Rangoon Lunatic Asylum 1898-1906 - 1898-1906
Year: 1898
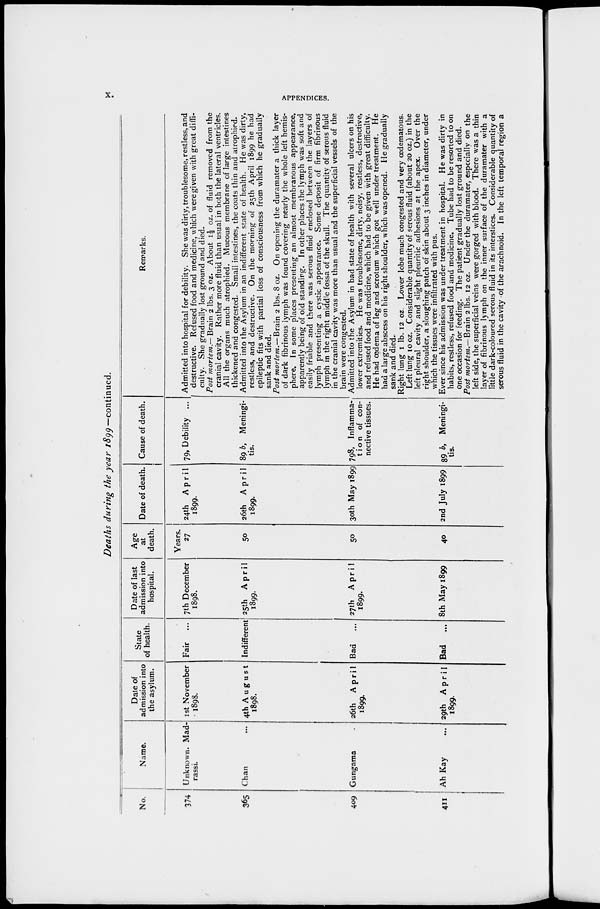
x.
APPENDICES.
Deaths during the year 1899—continued.
No.
374
365
409
411
Name.
Unknown. Mad-
rassi.
Chan ...
Gungama
Ah Kay ...
Date of
admission into
the asylum.
1st November
1898.
4th August
1898.
26th April
1899.
29th April
1899.
State
of health.
Fair ...
Indifferent
Bad
...
Bad
...
Date of last
admission into
hospital.
7th December
1898.
25th April
1899.
27th April
1899.
8th May 1899
Age
at
death.
Years.
27
50
50
40
Date of death.
24th April
1899.
26th April
1899.
30th May 1899
2nd July 1899
Cause of death.
79, Debility ...
89 b, Meningi-
tis.
798, Inflamma-
tion of con-
nective tissues.
89 b, Meningi-
tis.
Remarks.
Admitted into hospital for debility. She was dirty, troublesome, restless, and
destructive. Refused food and medicine, which were given with great diffi-
culty. She gradually lost ground and died.
Post mortem.— Brain 2 lbs. 3 oz. About 1½ oz. of fluid removed from the
cranial cavity. Rather more fluid than usual in both the lateral ventricles.
All the organs much atrophied. Mucous membrane of large intestines
thickened and congested. Small intestines, the coats thin and atrophied.
Admitted into the Asylum in an indifferent state of health. He was dirty,
restless, and destructive. On the morning of 25th April 1899 he had
epileptic fits with partial loss of consciousness from which he gradually
sank and died.
Post mortem.—Brain 2 lbs. 8 oz. On opening the duramater a thick layer
of dark fibrinous lymph was found covering nearly the whole left hemis-
phere. In some places presenting an almost membranous appearance,
apparently being of old standing. In other places the lymph was soft and
easily friable and there was serous fluid enclosed between the layers of
lymph presenting a cystic appearance. Some deposit of firm fibrinous
lymph in the right middle fossa of the skull. The quantity of serous fluid
in the cranial cavity was more than usual and the superficial vessels of the
brain were congested.
Admitted into the Asylum in bad state of health with several ulcers on his
lower extremities. He was troublesome, dirty, noisy, restless, destructive,
and refused food and medicine, which had to be given with great difficulty.
He had œdema of leg and scrotum which got well under treatment. He
had a large abscess on his right shoulder, which was opened. He gradually
sank and died.
Right lung 1 lb. 12 oz Lower lobe much congested and very œdematous.
Left lung 10 oz. Considerable quantity of serous fluid (about 20 oz.) in the
left pleural cavity and slight pleuritic adhesions at the apex. Over the
right shoulder, a sloughing patch of skin about 3 inches in diameter, under
which the tissues were infiltrated with pus.
Ever since his admission was under treatment in hospital. He was dirty in
habits, restless, refused food and medicine. Tube had to be resorted to on
one occasion for feeding. The patient gradually lost ground and died.
Post mortem.— Brain 2 lbs. 12 oz. Under the duramater, especially on the
left side, the superficial veins were gorged with blood. There was a thin
layer of fibrinous lymph on the inner surface of the duramater with a
little dark-coloured serous fluid in its interstices. Considerable quantity of
serous fluid in the cavity of the arachnoid. In the left temporal region a